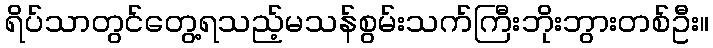
ရိပ်သာတွင်တွေ့ရသည့်မသန်စွမ်းသက်ကြီးဘိုးဘွားတစ်ဦး။